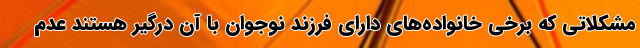
مشکلاتی که برخی خانواده‌های دارای فرزند نوجوان با آن درگیر هستند عدم